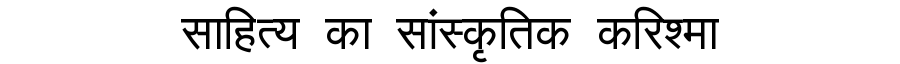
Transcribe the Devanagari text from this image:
साहित्य का सांस्कृतिक करिश्मा